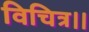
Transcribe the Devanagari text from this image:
विचित्र।।